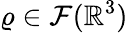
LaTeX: \varrho\in\mathcal{F}(\mathbb{R}^{3})